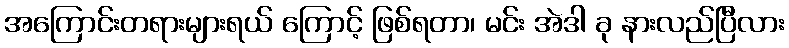
အကြောင်းတရားများရယ် ကြောင့် ဖြစ်ရတာ၊ မင်း အဲဒါ ခု နားလည်ပြီလား